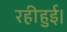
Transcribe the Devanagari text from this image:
रहीहुई।